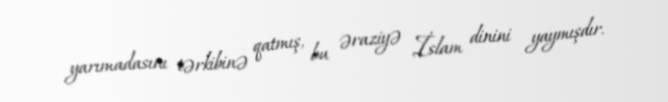
yarımadasını tərkibinə qatmış, bu əraziyə İslam dinini yaymışdır.